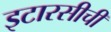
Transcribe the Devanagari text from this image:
इटारसीची